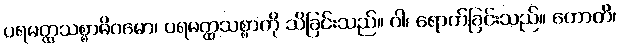
ပရမတ္ထသစ္စာဓိဂမော၊ ပရမတ္ထသစ္စာကို သိခြင်းသည်။ ဝါ၊ ရောက်ခြင်းသည်။ ဟောတိ၊